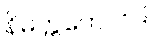
နိမိတ္တကောဝိဒါ